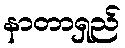
နာတာရှည်